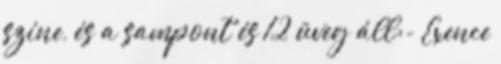
színe, és a sampont és 12 üveg áll:- Exence